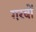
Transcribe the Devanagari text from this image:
गरबों